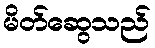
မိတ်ဆွေသည်